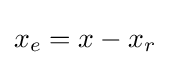
x_{e}=x-x_{r}